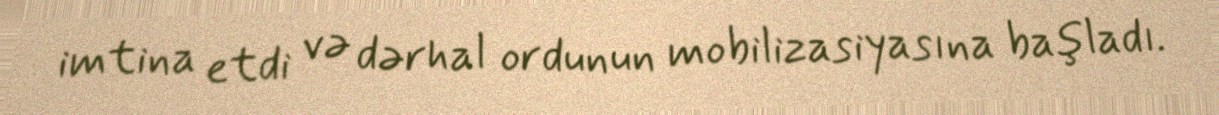
imtina etdi və dərhal ordunun mobilizasiyasına başladı.